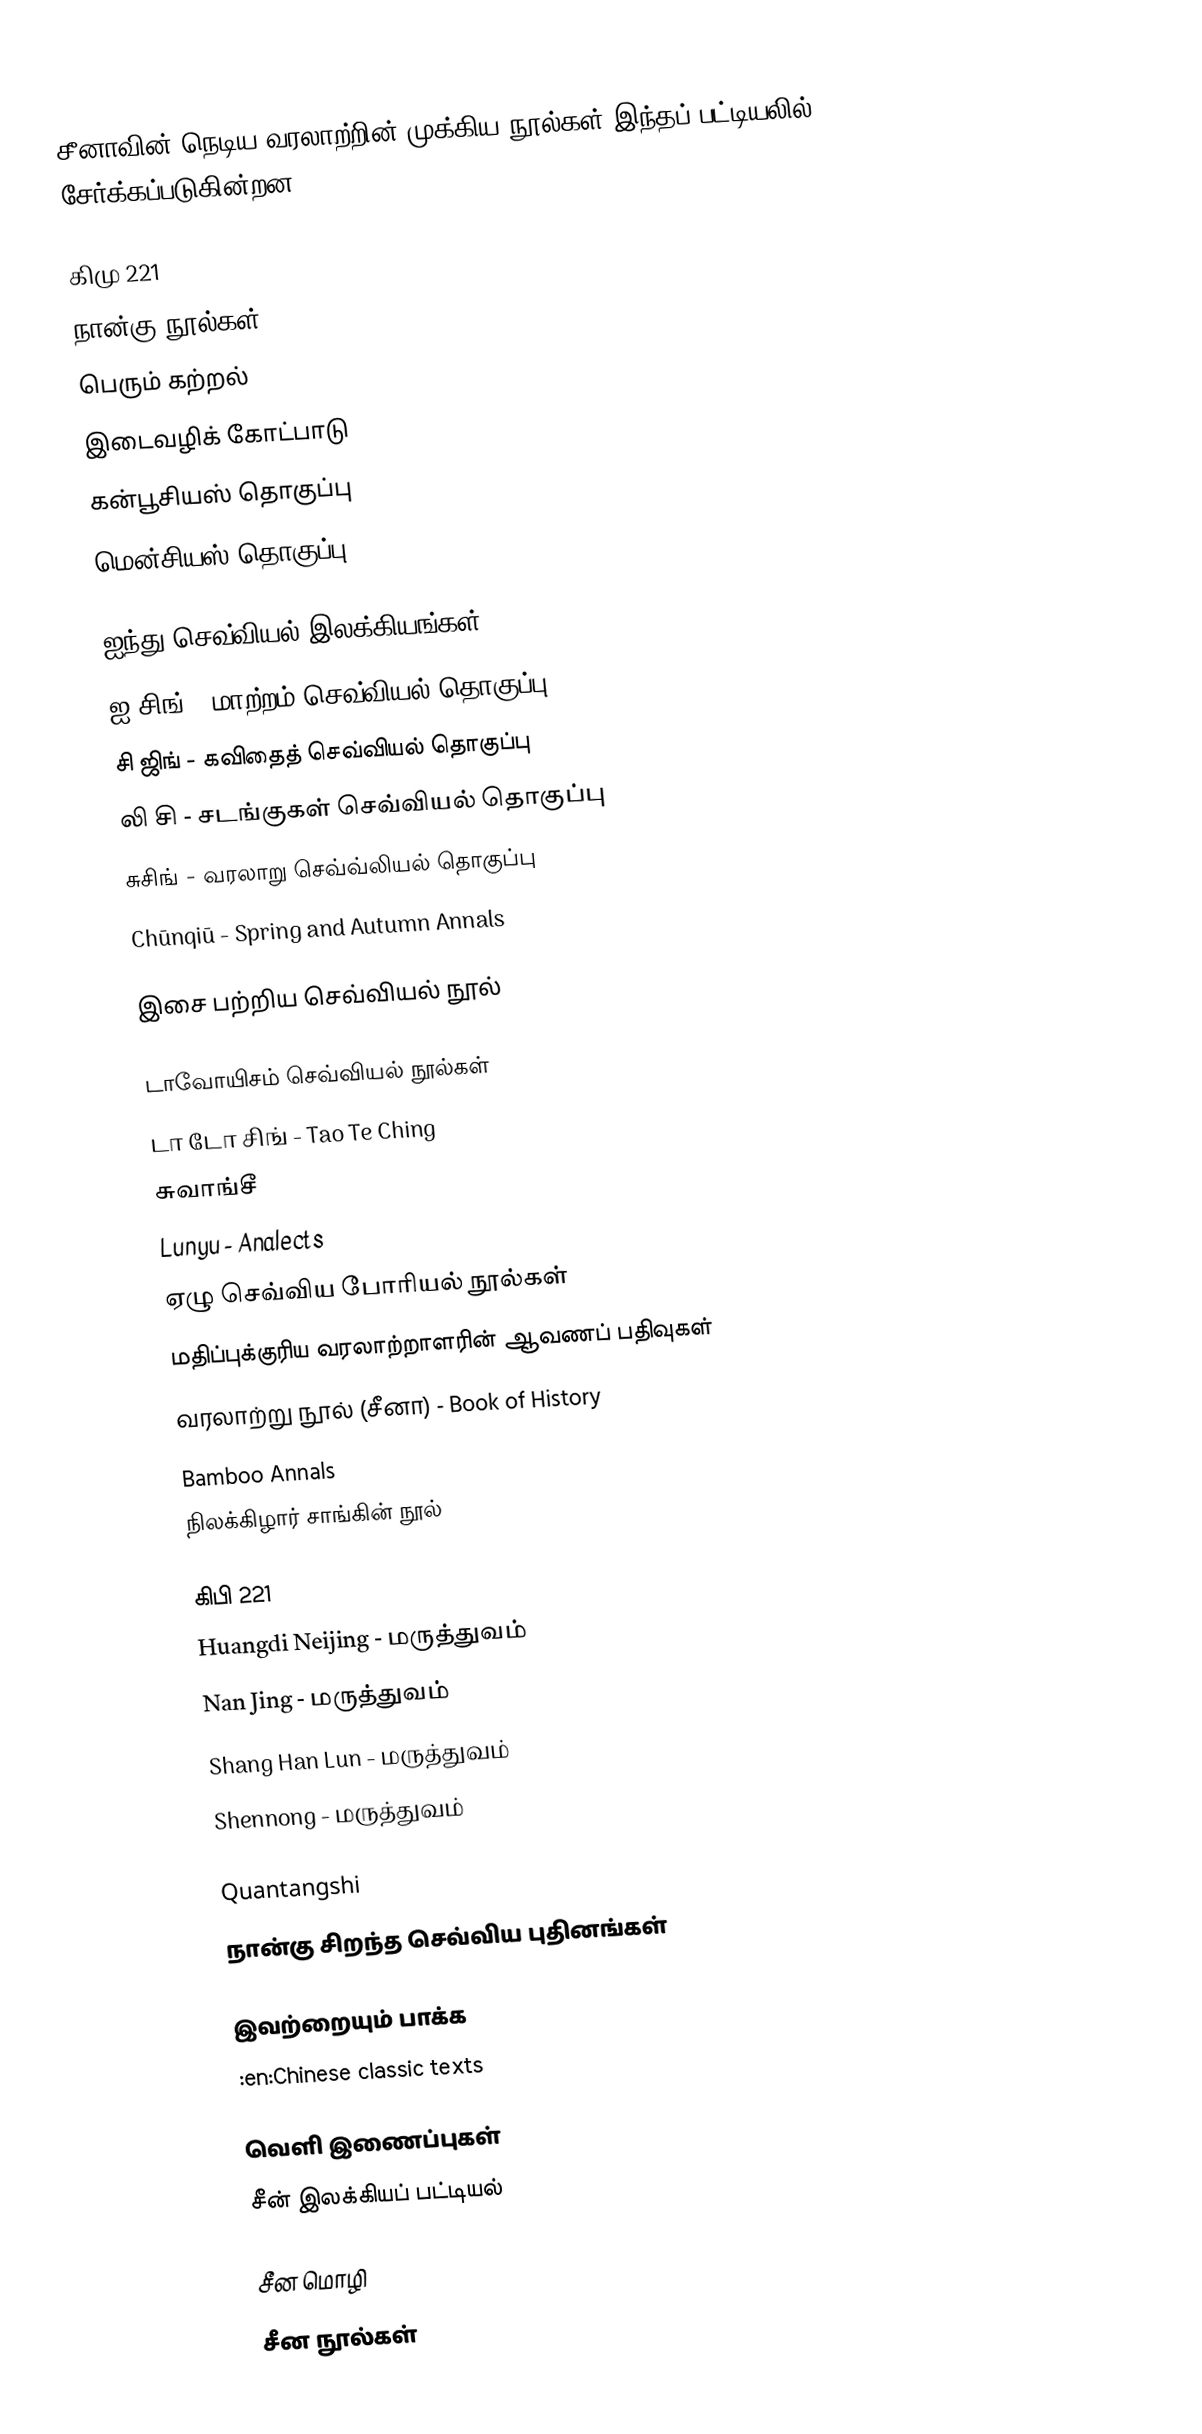
சீனாவின் நெடிய வரலாற்றின் முக்கிய நூல்கள் இந்தப் பட்டியலில் சேர்க்கப்படுகின்றன.

கிமு 221
 நான்கு நூல்கள்
 பெரும் கற்றல்
 இடைவழிக் கோட்பாடு
 கன்பூசியஸ் தொகுப்பு
 மென்சியஸ் தொகுப்பு

 ஐந்து செவ்வியல் இலக்கியங்கள்
 ஐ-சிங் - மாற்றம் செவ்வியல் தொகுப்பு
 சி ஜிங் - கவிதைத் செவ்வியல் தொகுப்பு
 லி சி - சடங்குகள் செவ்வியல் தொகுப்பு
 சுசிங் - வரலாறு செவ்வ்லியல் தொகுப்பு
 Chūnqiū - Spring and Autumn Annals

 இசை பற்றிய செவ்வியல் நூல்

 டாவோயிசம் செவ்வியல் நூல்கள்
 டா டோ சிங் - Tao Te Ching
 சுவாங்சீ
 Lunyu - Analects
 ஏழு செவ்விய போரியல் நூல்கள்
 மதிப்புக்குரிய வரலாற்றாளரின் ஆவணப் பதிவுகள்
 வரலாற்று நூல் (சீனா) - Book of History
 Bamboo Annals
 நிலக்கிழார் சாங்கின் நூல்

கிபி 221
 Huangdi Neijing - மருத்துவம்
 Nan Jing - மருத்துவம்
 Shang Han Lun - மருத்துவம்
 Shennong - மருத்துவம்

 Quantangshi
 நான்கு சிறந்த செவ்விய புதினங்கள்

இவற்றையும் பாக்க
 :en:Chinese classic texts

வெளி இணைப்புகள்
 சீன் இலக்கியப் பட்டியல்

சீன மொழி
சீன நூல்கள்